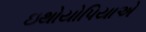
ઇથોયોપિયાએ